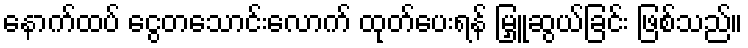
နောက်ထပ် ငွေတသောင်းလောက် ထုတ်ပေးရန် မြှူဆွယ်ခြင်း ဖြစ်သည်။